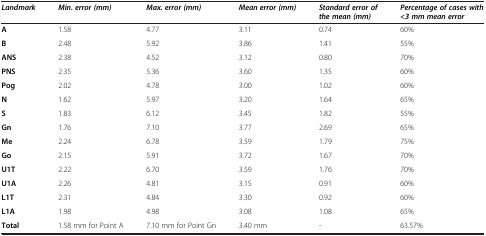
<table><thead><tr><td><b><i>Landmark</i></b></td><td><b><i>Min. error (mm)</i></b></td><td><b><i>Max. error (mm)</i></b></td><td><b><i>Mean error (mm)</i></b></td><td><b><i>Standard error of the mean (mm)</i></b></td><td><b><i>Percentage of cases with &lt;3 mm mean error</i></b></td></tr></thead><tbody><tr><td><b>A</b></td><td>1.58</td><td>4.77</td><td>3.11</td><td>0.74</td><td>60%</td></tr><tr><td><b>B</b></td><td>2.48</td><td>5.92</td><td>3.86</td><td>1.41</td><td>55%</td></tr><tr><td><b>ANS</b></td><td>2.38</td><td>4.52</td><td>3.12</td><td>0.80</td><td>70%</td></tr><tr><td><b>PNS</b></td><td>2.35</td><td>5.36</td><td>3.60</td><td>1.35</td><td>60%</td></tr><tr><td><b>Pog</b></td><td>2.02</td><td>4.78</td><td>3.00</td><td>1.02</td><td>60%</td></tr><tr><td><b>N</b></td><td>1.62</td><td>5.97</td><td>3.20</td><td>1.64</td><td>65%</td></tr><tr><td><b>S</b></td><td>1.83</td><td>6.12</td><td>3.45</td><td>1.82</td><td>55%</td></tr><tr><td><b>Gn</b></td><td>1.76</td><td>7.10</td><td>3.77</td><td>2.69</td><td>65%</td></tr><tr><td><b>Me</b></td><td>2.24</td><td>6.78</td><td>3.59</td><td>1.79</td><td>75%</td></tr><tr><td><b>Go</b></td><td>2.15</td><td>5.91</td><td>3.72</td><td>1.67</td><td>70%</td></tr><tr><td><b>U1T</b></td><td>2.22</td><td>6.70</td><td>3.59</td><td>1.76</td><td>70%</td></tr><tr><td><b>U1A</b></td><td>2.26</td><td>4.81</td><td>3.15</td><td>0.91</td><td>60%</td></tr><tr><td><b>L1T</b></td><td>2.31</td><td>4.84</td><td>3.30</td><td>0.92</td><td>60%</td></tr><tr><td><b>L1A</b></td><td>1.98</td><td>4.98</td><td>3.08</td><td>1.08</td><td>65%</td></tr><tr><td><b>Total</b></td><td>1.58 mm for Point A</td><td>7.10 mm for Point Gn</td><td>3.40 mm</td><td>-</td><td>63.57%</td></tr></tbody></table>